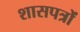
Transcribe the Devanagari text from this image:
शासपत्रों